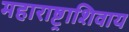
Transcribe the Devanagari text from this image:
महाराष्ट्राशिवाय